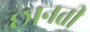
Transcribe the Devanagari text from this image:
छानती